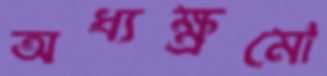
অধ্যক্ষ্রমো